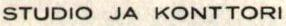
STUDIO JA KONTTORI